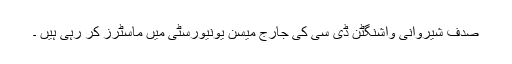
صدف شیروانی واشنگٹن ڈی سی کی جارج میسن یونیورسٹی میں ماسٹرز کر رہی ہیں ۔